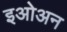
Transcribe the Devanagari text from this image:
इओअन